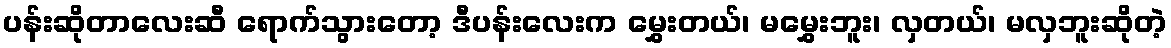
ပန်းဆိုတာလေးဆီ ရောက်သွားတော့ ဒီပန်းလေးက မွှေးတယ်၊ မမွှေးဘူး၊ လှတယ်၊ မလှဘူးဆိုတဲ့